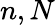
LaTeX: n,N